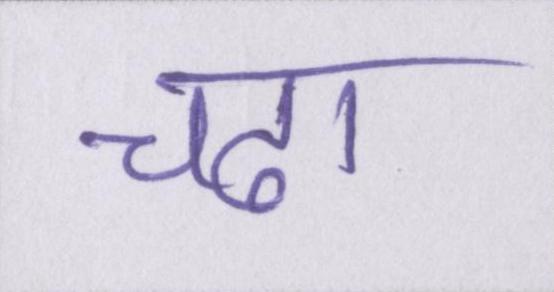
चढा